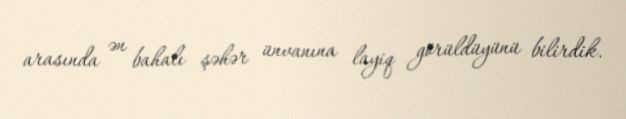
arasında ən bahalı şəhər ünvanına layiq görüldüyünü bilirdik.